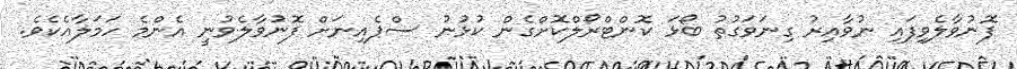
ފޮނުވާލެވިފައި ނުވާއިރު ގިނަވަގުތު ބޯޅަ ކޮންޓްރޯލްކޮށްގެން ކުޅުނު ސްޕެއިނަށް ފޮނުވާލެވުނީ އެންމެ ހަމަލާއެކެވެ.